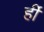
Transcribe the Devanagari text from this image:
र्ही